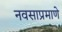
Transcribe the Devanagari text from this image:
नवसाप्रमाणे